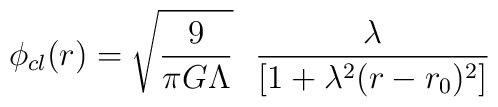
\phi_{cl}(r)={\sqrt{\frac{9}{\pi G \Lambda}}}~~\frac{\lambda}{[1+\lambda^2 (r-r_0)^2]}